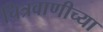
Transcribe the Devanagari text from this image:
चित्रवाणीच्या